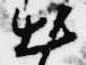
出